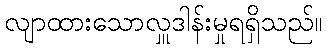
လျာထားသောလှူဒါန်းမှုရရှိသည်။